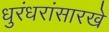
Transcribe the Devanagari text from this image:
धुरंधरांसारखे